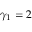
\gamma _ { 1 } = 2